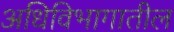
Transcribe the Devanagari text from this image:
अधिविभागातील